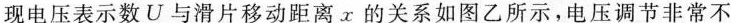
现电压表示数U与滑片移动距离x的关系如图乙所示，电压调节非常不